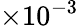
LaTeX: \times 10^{-3}